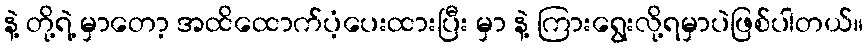
နဲ့ တို့ရဲ့ မှာတော့ အထိထောက်ပံ့ပေးထားပြီး မှာ နဲ့ ကြားရွေးလို့ရမှာပဲဖြစ်ပါတယ်။